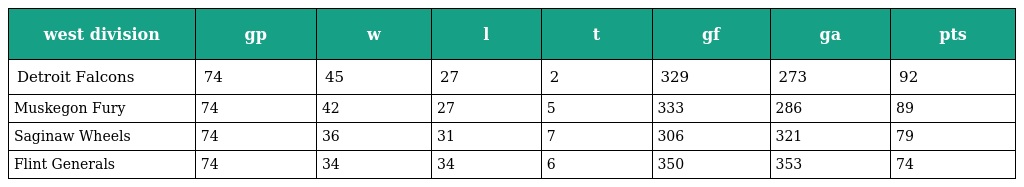
| west division | gp | w | l | t | gf | ga | pts |
 | --- | --- | --- | --- | --- | --- | --- | --- |
 | Detroit Falcons | 74 | 45 | 27 | 2 | 329 | 273 | 92 |
 | Muskegon Fury | 74 | 42 | 27 | 5 | 333 | 286 | 89 |
 | Saginaw Wheels | 74 | 36 | 31 | 7 | 306 | 321 | 79 |
 | Flint Generals | 74 | 34 | 34 | 6 | 350 | 353 | 74 |